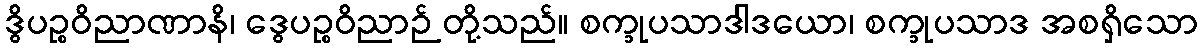
ဒွိပဉ္စဝိညာဏာနိ၊ ဒွေပဉ္စဝိညာဉ် တို့သည်။ စက္ခုပသာဒါဒယော၊ စက္ခုပသာဒ အစရှိသော